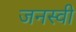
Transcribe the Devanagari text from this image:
जनस्वी